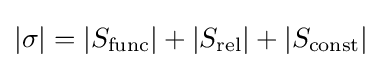
|\sigma |=\left|S_{\operatorname {func} }\right|+\left|S_{\operatorname {rel} }\right|+\left|S_{\operatorname {const} }\right|